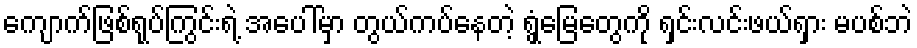
ကျောက်ဖြစ်ရုပ်ကြွင်းရဲ့ အပေါ်မှာ တွယ်ကပ်နေတဲ့ ရွှံ့မြေတွေကို ရှင်းလင်းဖယ်ရှား မပစ်ဘဲ